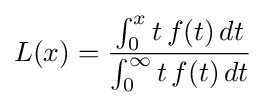
L(x)={\frac {\int _{0}^{x}t\,f(t)\,dt}{\int _{0}^{\infty }t\,f(t)\,dt}}